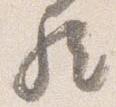
歟